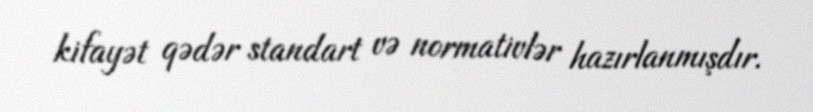
kifayət qədər standart və normativlər hazırlanmışdır.